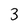
Character: 3